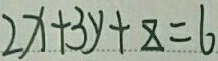
2 x + 3 y + z = 6